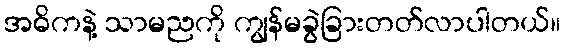
အဓိကနဲ့ သာမညကို ကျွန်မခွဲခြားတတ်လာပါတယ်။